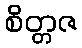
စိတ္တဇ